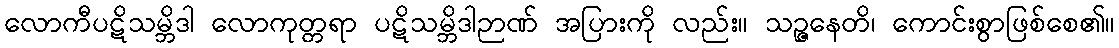
လောကီပဋိသမ္ဘိဒါ လောကုတ္တရာ ပဋိသမ္ဘိဒါဉာဏ် အပြားကို လည်း။ သဉ္ဇနေတိ၊ ကောင်းစွာဖြစ်စေ၏။